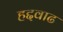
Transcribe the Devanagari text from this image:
हद्दवाढ